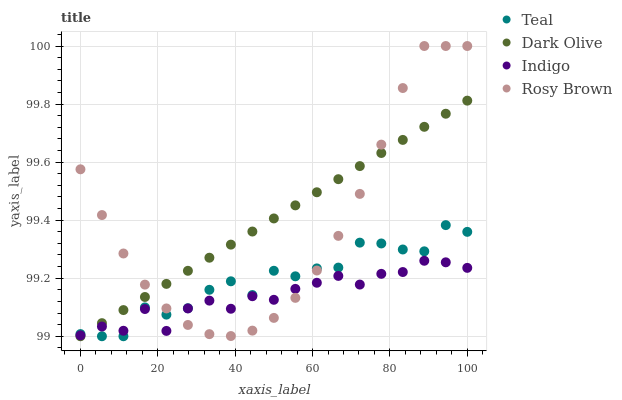
| xaxis_label | Teal | Dark Olive | Indigo | Rosy Brown |
 | --- | --- | --- | --- | --- |
 | 0 | 99 | 99 | 99 | 99.6 |
 | 5.56 | 99 | 99 | 99 | 99.4 |
 | 11.1 | 99 | 99.1 | 99 | 99.3 |
 | 16.7 | 99.1 | 99.1 | 99.1 | 99.2 |
 | 22.2 | 99.1 | 99.2 | 99 | 99.1 |
 | 27.8 | 99.1 | 99.2 | 99.1 | 99 |
 | 33.3 | 99.2 | 99.3 | 99.1 | 99 |
 | 38.9 | 99.2 | 99.3 | 99.1 | 99 |
 | 44.4 | 99.1 | 99.4 | 99.1 | 99 |
 | 50 | 99.2 | 99.4 | 99.1 | 99.1 |
 | 55.6 | 99.2 | 99.5 | 99.2 | 99.1 |
 | 61.1 | 99.2 | 99.5 | 99.2 | 99.2 |
 | 66.7 | 99.2 | 99.5 | 99.2 | 99.3 |
 | 72.2 | 99.3 | 99.6 | 99.2 | 99.5 |
 | 77.8 | 99.3 | 99.6 | 99.2 | 99.7 |
 | 83.3 | 99.3 | 99.7 | 99.2 | 99.9 |
 | 88.9 | 99.3 | 99.7 | 99.3 | 100 |
 | 94.4 | 99.4 | 99.8 | 99.3 | 100 |
 | 100 | 99.4 | 99.8 | 99.2 | 100 |